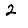
Digit: 2